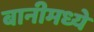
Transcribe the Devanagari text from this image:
बानीमध्ये